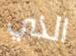
الذي